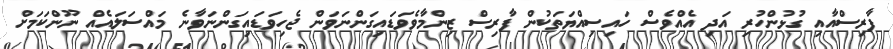
ފާރިސްއާއި ގުޅުންހުރި އަދި އެއްވެސް ހައިސިއްޔަތަކުން ފާރިސް ޒިންމާވެވަޑައިގަންނަވަން ޖެހިވަޑައިގަންނަވާނެ މައްސަލައެއް ނޫންކަމަށް